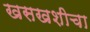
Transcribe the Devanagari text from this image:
खसखशीचा